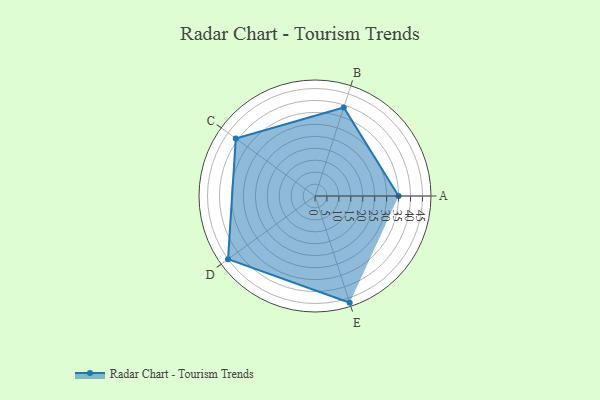
{"axis": {"x": "Skill", "y": "Score"}, "legend": ["Profile"], "data": [{"x": "A", "y": 35.0, "type": "Profile"}, {"x": "B", "y": 39.0, "type": "Profile"}, {"x": "C", "y": 41.0, "type": "Profile"}, {"x": "D", "y": 45.0, "type": "Profile"}, {"x": "E", "y": 47.0, "type": "Profile"}]}